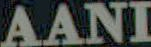
AANI